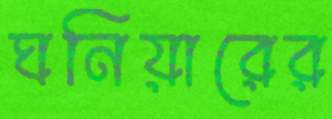
ঘনিয়ারের